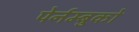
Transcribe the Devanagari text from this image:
पेर्नम्बुको